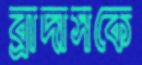
ব্রাদাসকে